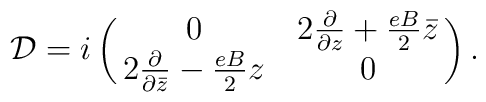
{\cal D}= i \left( \matrix{ 0& 2\frac{\partial}{\partial z}+\frac{eB}{2} \bar{z}\cr 2\frac{\partial}{\partial \bar{z}}-\frac{eB}{2} z&0 \cr }\right).